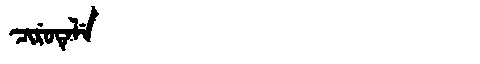
Manchu: ᠴᡳᡵᡠᡨᡝᠯᡝ
Romanization: CIRUTELE